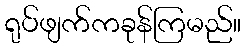
ရုပ်ဖျက်ကခုန်ကြမည်။